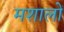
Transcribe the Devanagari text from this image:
मशालों